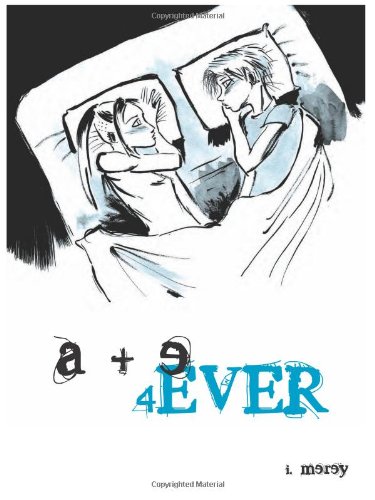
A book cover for a + e 4ever; Ilike Merey; Comics & Graphic Novels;